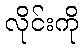
လိုင်းကို